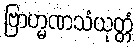
ဗြာဟ္မဏသံယုတ္တံ